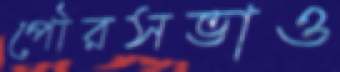
পৌরসভাও